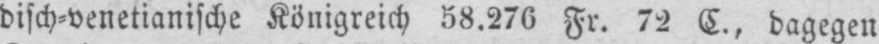
disch⸗venetianische Königreich 58.276 Fr. 72 C., dagegen